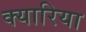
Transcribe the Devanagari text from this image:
क्यारिया